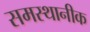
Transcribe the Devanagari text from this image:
समस्थानीक